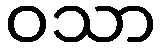
ဝသာ